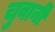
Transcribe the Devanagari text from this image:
चुवानी